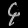
Digit: ၄